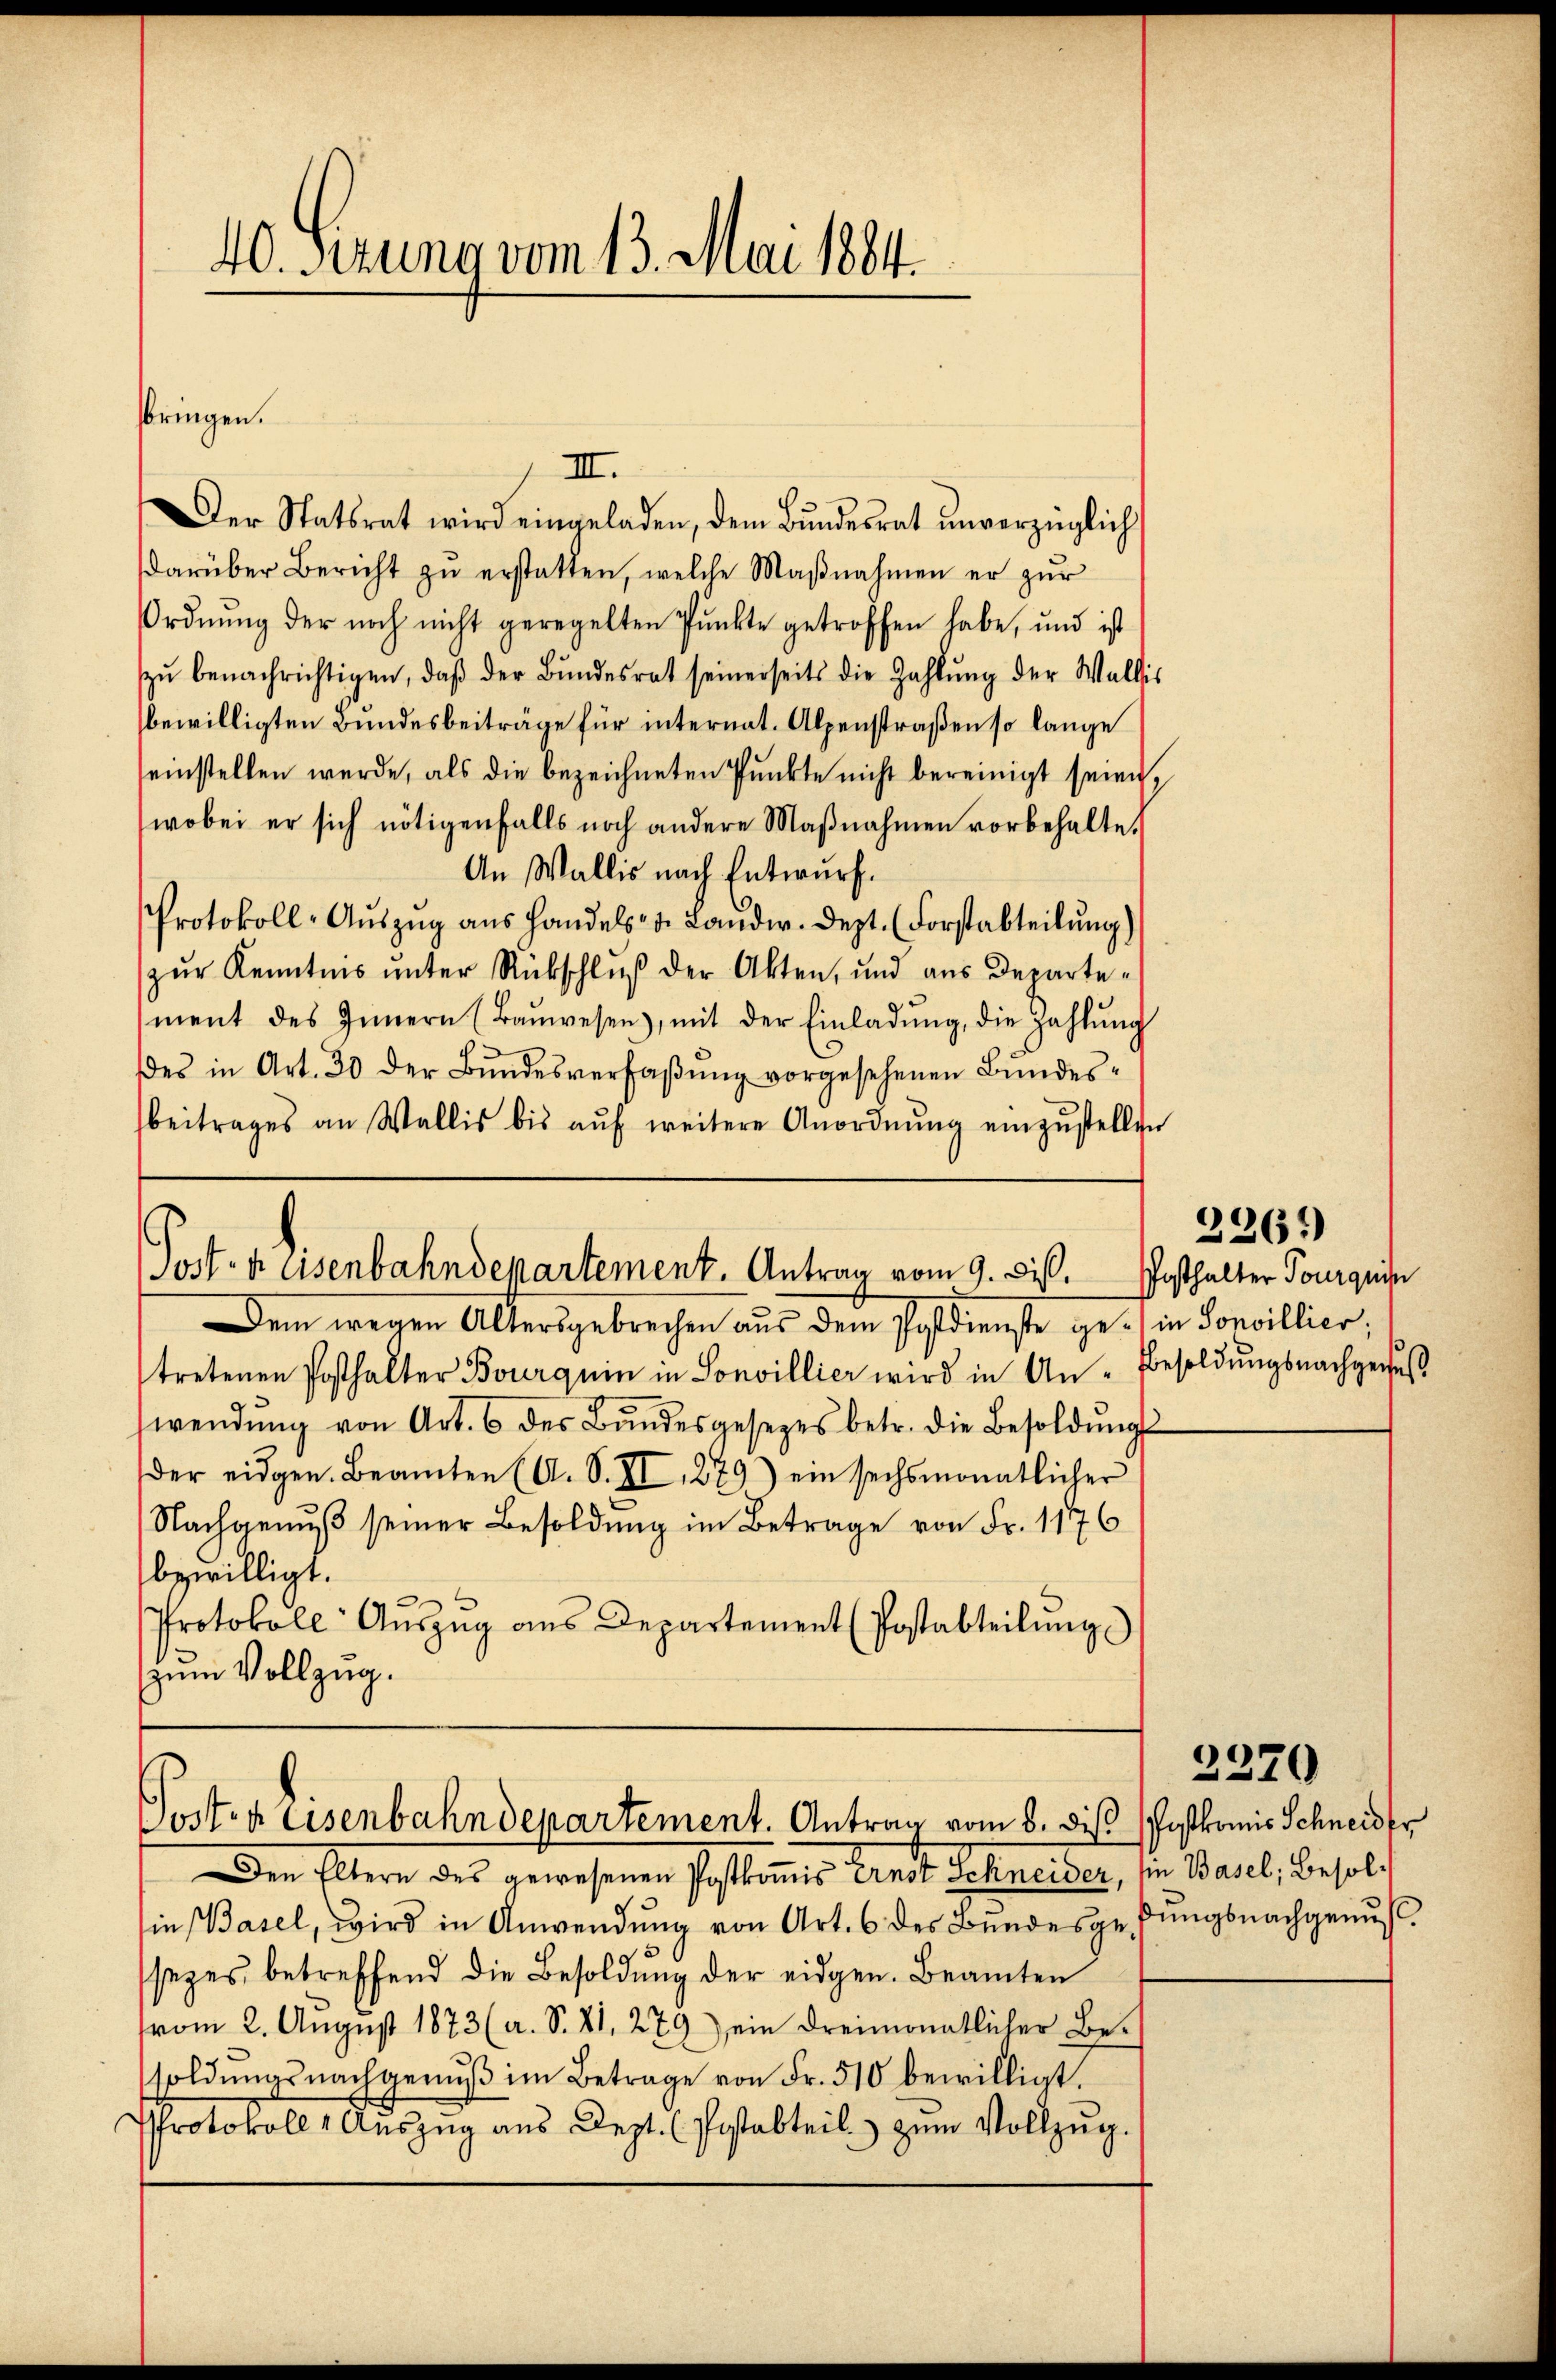
40. Sezung vom 13. Mai 1884.

sbringen.

III.
Der Statsrat wird eingeladen, dem Bŭndesrat unverzüglich
darüber Bericht zŭ erstatten, welche Maβnahmen er zŭr
Ordnung der noch nicht geregelten Punkte getroffen habe, und ist
zŭ benachrichtigen, daβ der Bŭndesrat seinerseits die Zahlŭng der Wallis
bewilligten Bundesbeiträge für internat. Alpenstraßen so lange
seinstellen werde, als die bezeichneten Punkte nicht bereinigt seien,
wobei er sich nötigenfalls noch andere Maβnahmen vorbehalte.
An Wallis nach Entwurf.
Protokoll-Aŭszŭg ans Handels- u. Landw. Dept. (Forstabteilŭng.)
zŭr Kenntnis ŭnter Rückschlŭβ der Akten, und aus Departe-
ment des Innern (Baŭwesen), mit der Einladŭng, die Zahlŭng
des in Art. 30 der Bŭndesverfaβŭng vorgesehenen Bundesbeitrages an Wallis bis aŭf weitere Anordnŭng einzŭstellen

Post- u. eisenbahndepartement. Antrag vom 9. Dist. Posthalter Tourquis

Dem wegen Altersgebrechen aus dem Postdienste ge- in Sonvillier,
tretenen Posthalter Bourquin in Sonvillier wird in An- besoldŭngsnachgeseß
wendŭng von Art. 6 des Bŭndesgesezes betr. die Besoldŭngs
der eidgen. Beamten (A. S. II 1279) ein sechsmonatlicher
Nachgenuß seiner Besoldung im Betrage von Fr. 1176
bewilligt.
Protokoll Aŭszŭg ans Departement (Postabteilŭng
zum Vollzug.

Posten Eisenbahndepartement. Antrag vom 8. des Postkomis Schneider

2261)

Den Eltern des gewesenen Postkomis Ernst Schneider, sie Basel, Besolin Basel, wird in Anwendung von Art. 6 des Bundesgesungsnachgenus
sezes betreffend die Besoldung der eidgen. Beamten
vom 2. Aŭgŭst 1873 (a. S. 21, 279) ein dreimonatlicher Be-
soldŭngsnachgenŭβ im Betrage von Fr. 510 bewilligt.
Protokoll, Auszug aus Depl. (Postabteil zum Vollzug.

2370